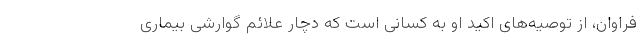
فراوان، از توصیه‌های اکید او به کسانی است که دچار علائم گوارشی بیماری